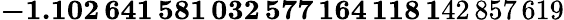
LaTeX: \mathbf{-1.102\, 641\, 581\, 032\, 577\, 164\, 118\, 1}42\, 857\, 619